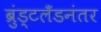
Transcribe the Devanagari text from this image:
ब्रुंड्टलँडनंतर